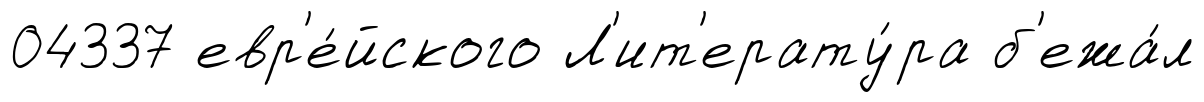
04337 евр'е́йского Л'ит'ерату́ра б'ежа́л